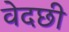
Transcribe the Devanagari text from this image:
वेदछी